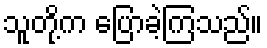
သူတို့က ပြောခဲ့ကြသည်။